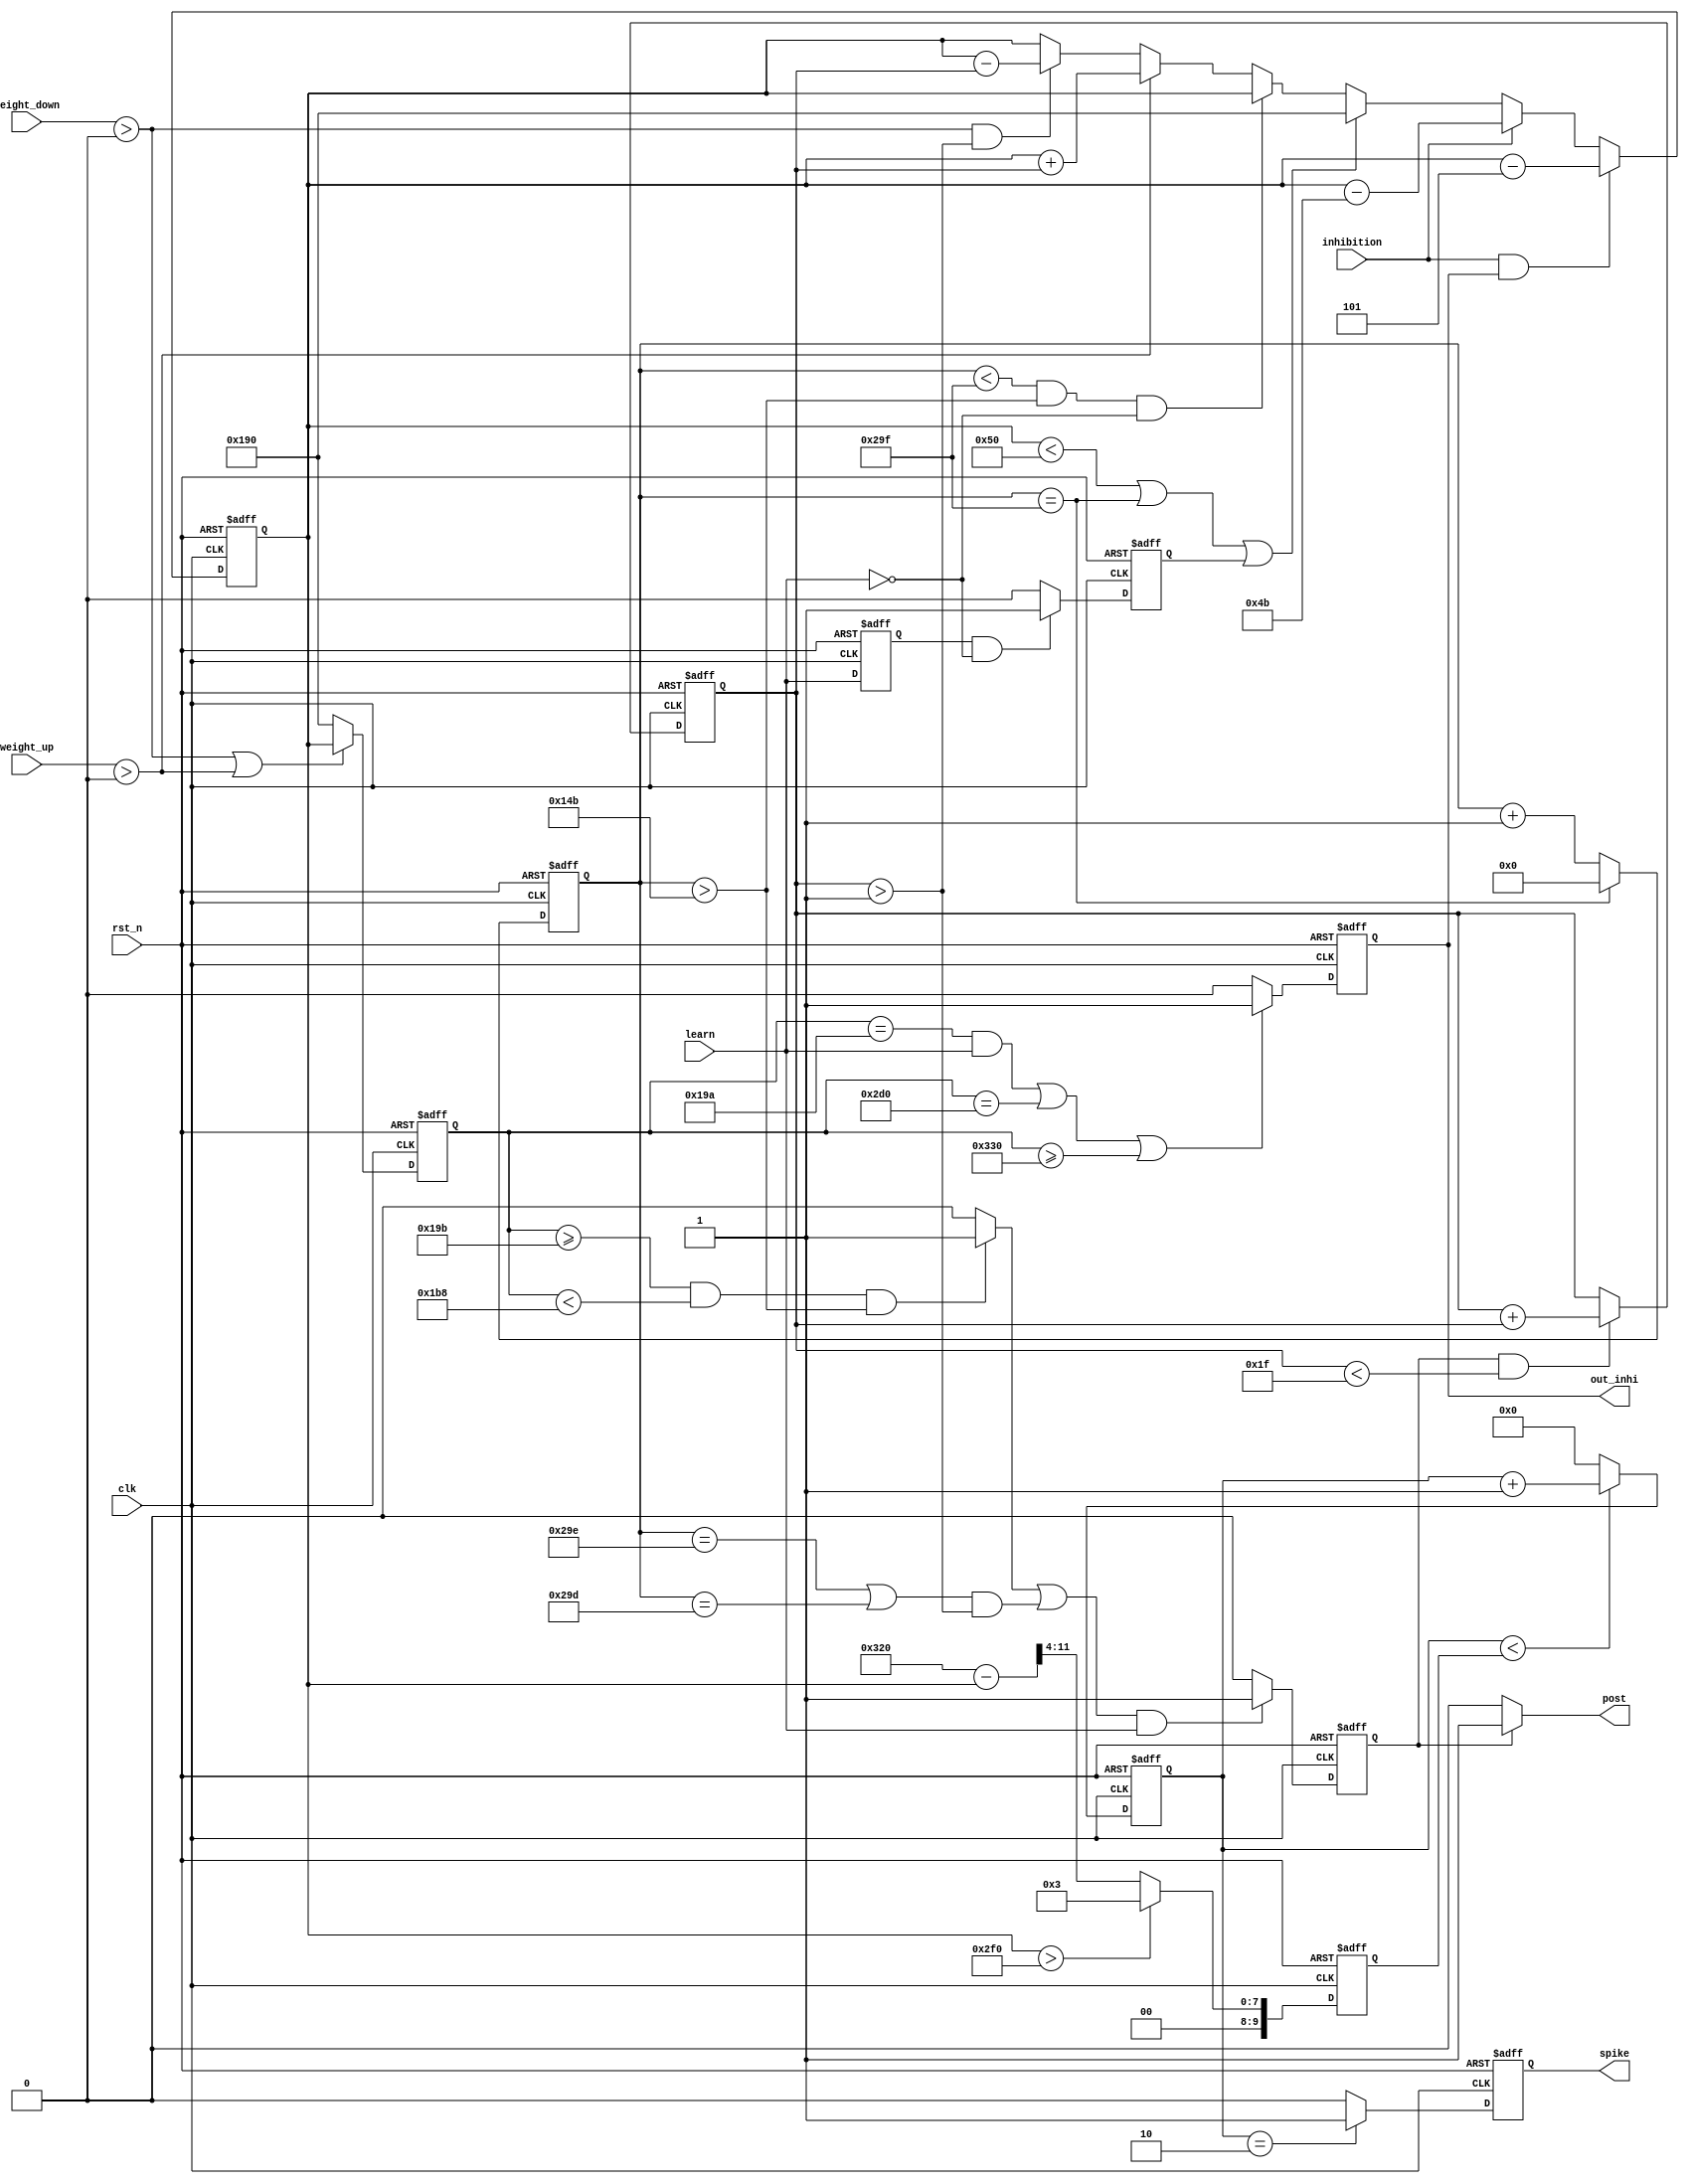
module out_neuron(
	input 	clk,
	input		rst_n,
	input		learn,
	input		inhibition,//
	input		[24:0]weight_up,
	input		[24:0]weight_down,
	
	output	reg spike,
	output	reg out_inhi,
	output	post
);
reg		out_post;
reg  		[5:0]weight;
reg 		[11:0]sum_weight;
reg 		[11:0]out_weight;
reg 		[7:0]cnt1;
reg 		[11:0]cnt2;
reg 		[9:0]symbol;
reg		learn1;//
reg		learn_edge;
wire		post_one;

assign post = (out_post == 1'b1)?out_post:1'b0;
//
always@(posedge clk or negedge rst_n)
begin
	if(!rst_n)
		weight <= 6'd1;
	else if(out_post == 1'b1 && weight < 6'd31)
		weight <= weight + weight;
end 
//
always@(posedge clk or negedge rst_n)//learn
begin
	if(!rst_n)
		learn1 <= 1'b0;
	else
		learn1 <= learn;
end
always@(posedge clk or negedge rst_n)
begin
	if(!rst_n)
		learn_edge <= 1'b0;
	else if(learn1 == 1'b1 && learn == 1'b0)
		learn_edge <= 1'b1;
	else
		learn_edge <= 1'b0;
end
always@(posedge clk or negedge rst_n)
begin
	if(!rst_n)
		sum_weight <= 12'd400;
	else if(inhibition == 1'b1 && out_inhi == 1'b1)
		sum_weight <= sum_weight - 12'd5;
	else if(inhibition == 1'b1)//
		sum_weight <= sum_weight - 12'd75;
	else if(sum_weight < 12'd80 || cnt2 == 12'd671 || learn_edge == 1'b1)
		sum_weight <= 12'd400;
	else if(cnt2 < 12'd671 && cnt2 > 12'd331 && learn == 1'b0)
		sum_weight <= sum_weight;
	else if(weight_up > 25'd0)
		sum_weight <= sum_weight + weight;
	else if(weight_down > 25'd0 && weight > 1'b1)
		sum_weight <= sum_weight - weight;
	else
		sum_weight <= sum_weight;
end
//1
//2learn
//3
always@(posedge clk or negedge rst_n)
begin
	if(!rst_n)
		cnt2 <= 12'd0;
	else if(cnt2 == 12'd671)
		cnt2 <= 12'd0;
	else 
		cnt2 <= cnt2 + 12'd1;
end
//
always@(posedge clk or negedge rst_n)
begin
	if(!rst_n)
		symbol <= 10'd0;
	else if(sum_weight > 12'd752)
		symbol <= 10'd3;
	else
		symbol <= (10'd800 - sum_weight)>>4;	
end
always@(posedge clk or negedge rst_n)
begin
	if(!rst_n)
		cnt1 <= 8'd0;
	else if(cnt1 < symbol)
		cnt1 <= cnt1 + 8'd1;
	else 
		cnt1 <= 8'd0;
end
always@(posedge clk or negedge rst_n)
begin
	if(!rst_n)
		spike <= 1'b0;
	else if(cnt1 == 8'd2) 
		spike <= 1'b1;
	else 
		spike <= 1'b0;
end
//
always@(posedge clk or negedge rst_n)
begin
	if(!rst_n)
		out_weight <= 12'd0;
	else if(weight_down > 25'd0 || weight_up > 25'd0)
		out_weight <= sum_weight;
	else
		out_weight <= 12'd400;
end
//
always@(posedge clk or negedge rst_n)
begin
	if(!rst_n)
		out_inhi <= 1'b0;
	else if((out_weight == 12'd410&&learn == 1'b1)||out_weight == 12'd720||out_weight >= 12'd816)
		out_inhi <= 1'b1;
	else
		out_inhi <= 1'b0;
end
//()
assign post_one = ((out_weight >= 12'd411&& out_weight < 'd440)&&cnt2 > 12'd331)?1:0;
always@(posedge clk or negedge rst_n)
begin
	if(!rst_n)
		out_post <= 1'b0;
	else if((post_one == 1'b1||((cnt2 == 12'd670||cnt2 == 12'd669)&&weight>6'd1))&&learn == 1'b1)
		out_post <= 1'b1;
	else 
		out_post <= 1'b0;
end
endmodule